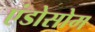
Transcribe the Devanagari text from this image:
एंडोसोम